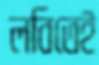
লবিতেই